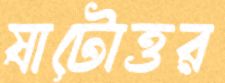
ষাটোত্তর